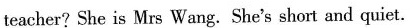
teacher? She is Mrs Wang. She's short and quiet.